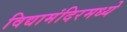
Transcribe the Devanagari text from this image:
विद्यामंदिरमध्ये